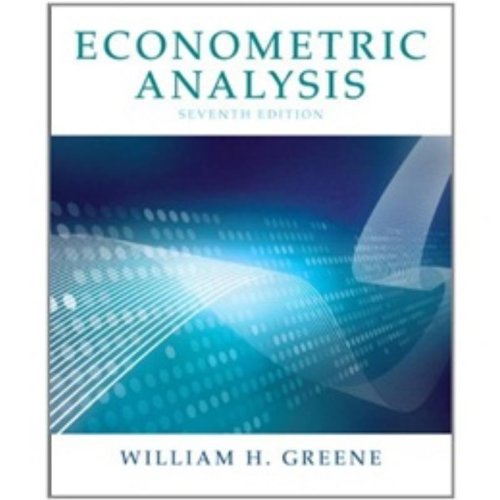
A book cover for Econometric Analysis (7th Edition); William H. Greene; Business & Money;